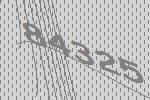
84325